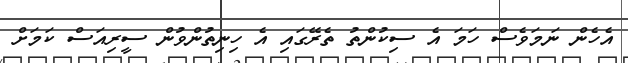
އެހެން ނަމަވެސް ހަމަ އެ ސިކުންތު ތެރޭގައި އެ ހިނިތުންވުން ސީރިއަސް ކަމަށް